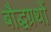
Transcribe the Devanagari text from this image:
बौद्धग्रथों